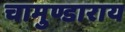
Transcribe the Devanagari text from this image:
चामुण्डाराय